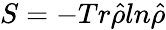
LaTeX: S=-Tr\hat{\rho}ln\hat{\rho}